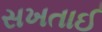
સખતાઈ